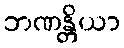
ဘဏန္တိယာ